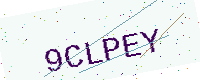
Text: 9CLPEY